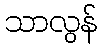
သာလွန်